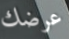
عرضك